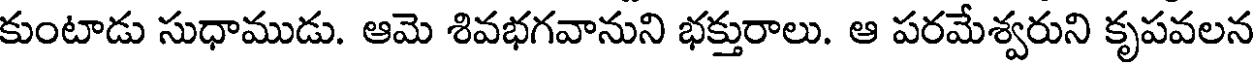
కుంటాడు సుధాముడు. ఆమె శివభగవానుని భక్తురాలు. ఆ పరమేశ్వరుని కృపవలన